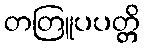
တတြူပပတ္တိ